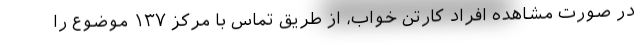
در صورت مشاهده افراد کارتن خواب، از طریق تماس با مرکز ١٣٧ موضوع را